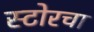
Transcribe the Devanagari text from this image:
स्टोरचा